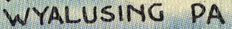
WYALCSING PA